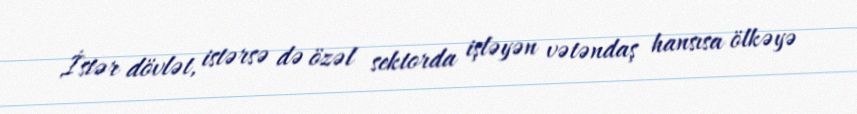
İstər dövlət, istərsə də özəl sektorda işləyən vətəndaş hansısa ölkəyə